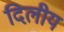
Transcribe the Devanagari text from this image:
दिलीय